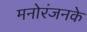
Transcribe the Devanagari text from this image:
मनोरंजनके